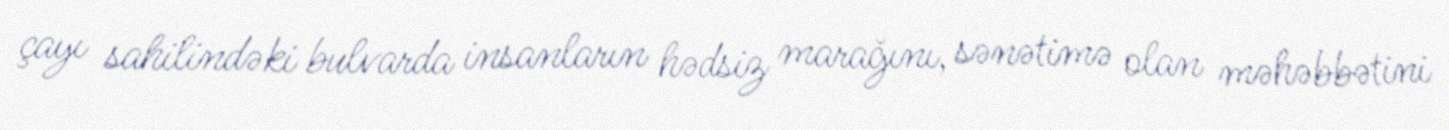
çayı sahilindəki bulvarda insanların hədsiz marağını, sənətimə olan məhəbbətini